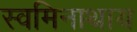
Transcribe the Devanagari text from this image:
स्वमिनाथाय